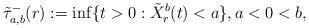
LaTeX: \begin{align*} \tilde{\tau}_{a,b}^-(r) := \inf \{ t > 0: \tilde{X}^b_r(t) < a\}, a < 0 < b, \end{align*}